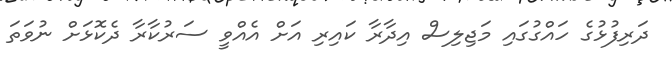
ދަރިފުޅުގެ ހައްގުގައި މަޖިލިސް އިދާރާ ކައިރި އަށް އެއްވީ ސަރުކާރާ ދެކޮޅަށް ނުވަތަ